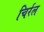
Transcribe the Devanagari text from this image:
चिर्रल